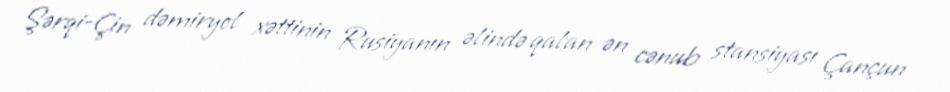
Şərqi-Çin dəmiryol xəttinin Rusiyanın əlində qalan ən cənub stansiyası Çançun